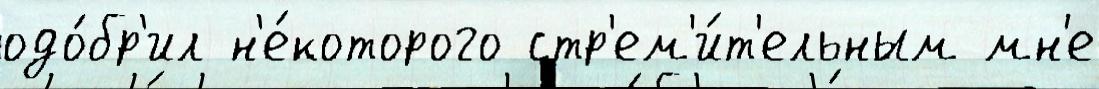
одо́бр'ил н'е́которого стр'ем'и́т'ельным мн'е